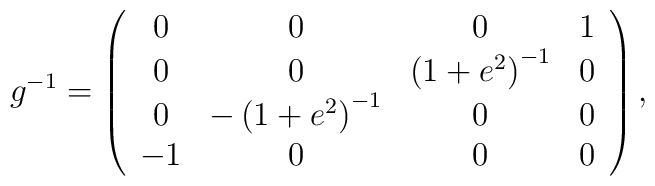
g^{-1}=\left( \begin{array}{cccc}0 & 0 & 0 & 1 \\ 0 & 0 & \left( 1+e^{2}\right) ^{-1} & 0 \\ 0 & -\left( 1+e^{2}\right) ^{-1} & 0 & 0 \\ -1 & 0 & 0 & 0\end{array}\right) ,